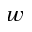
w